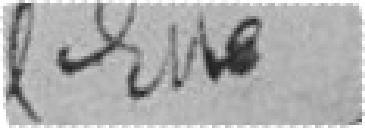
l'Est